65_HS1-834228961_62-HQ-83894_Serial_130
Agency: FBI
Page 122
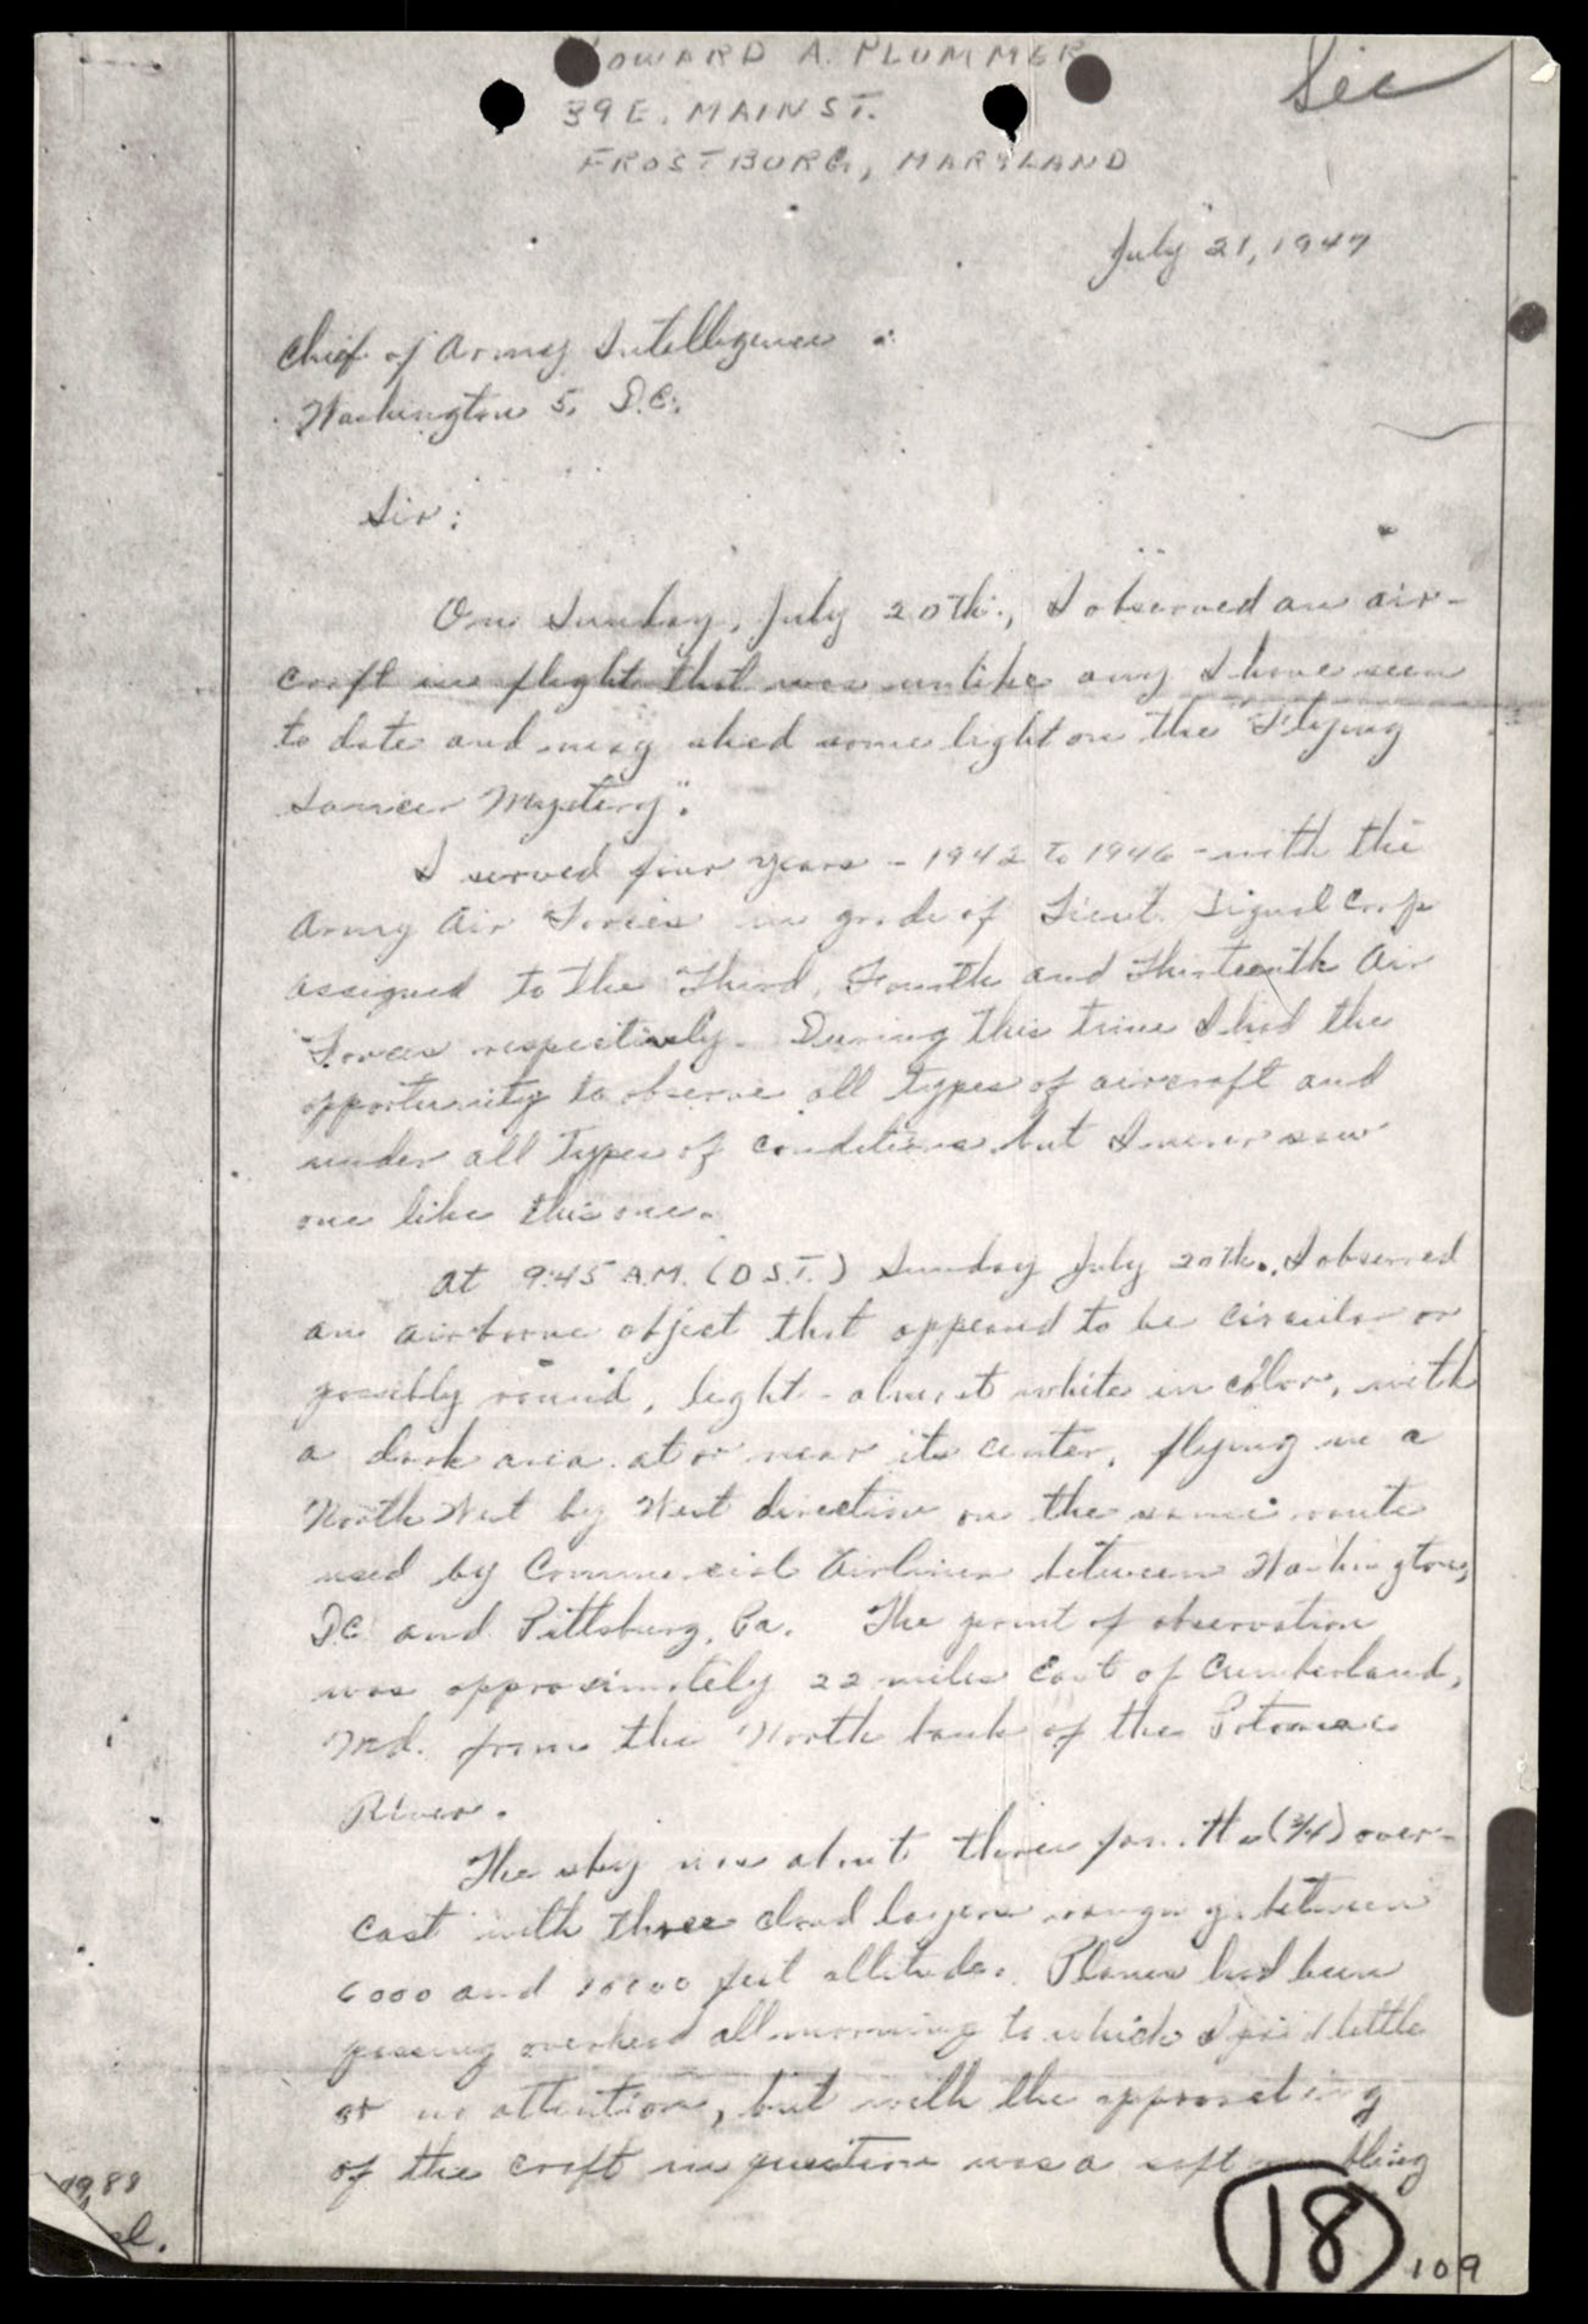